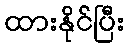
ထားနိုင်ပြီး